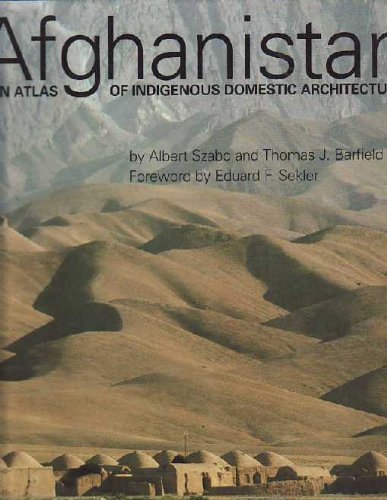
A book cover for Afghanistan: An Atlas of Indigenous Domestic Architecture; Albert Szabo; Travel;